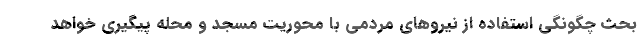
بحث چگونگی استفاده از نیروهای مردمی با محوریت مسجد و محله پیگیری خواهد